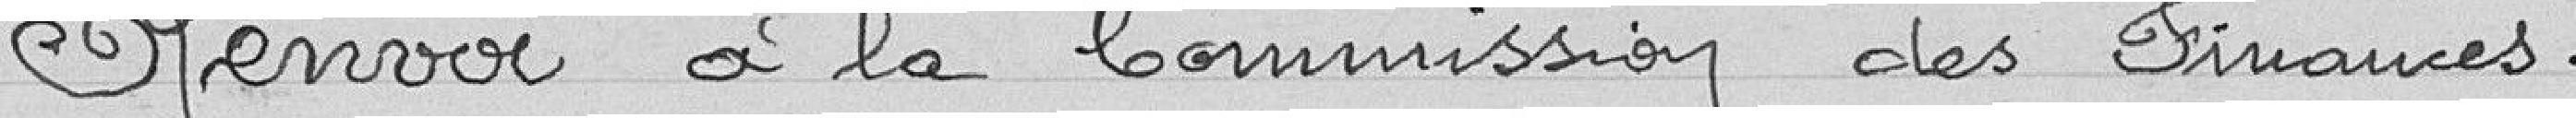
Renvoi à la Commission des Finances